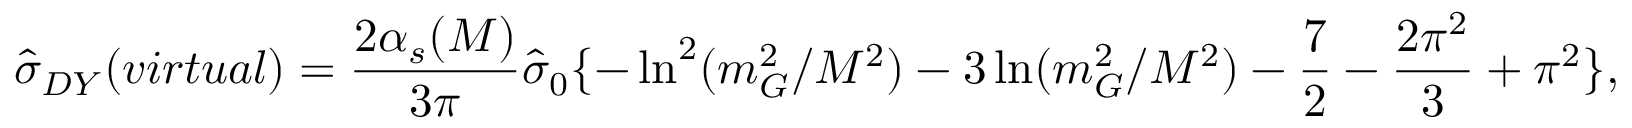
\hat { \sigma } _ { D Y } ( v i r t u a l ) = { \frac { 2 \alpha _ { s } ( M ) } { 3 \pi } } \hat { \sigma } _ { 0 } \{ - \ln ^ { 2 } ( m _ { G } ^ { 2 } / M ^ { 2 } ) - 3 \ln ( m _ { G } ^ { 2 } / M ^ { 2 } ) - { \frac { 7 } { 2 } } - { \frac { 2 \pi ^ { 2 } } { 3 } } + \pi ^ { 2 } \} ,